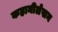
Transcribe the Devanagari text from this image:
कहानीलेखन